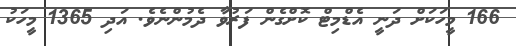
166 މީހަކަށް ދަނީ އެޑްމިޓް ކޮށްގެން ފަރުވާ ދެމުންނެވެ. އަދި 1365 މީހަކު